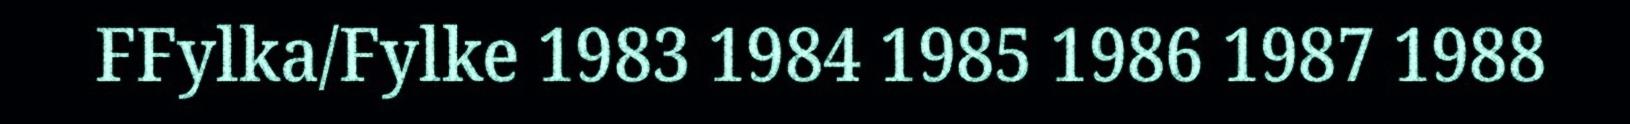
FFylka/Fylke 1983 1984 1985 1986 1987 1988